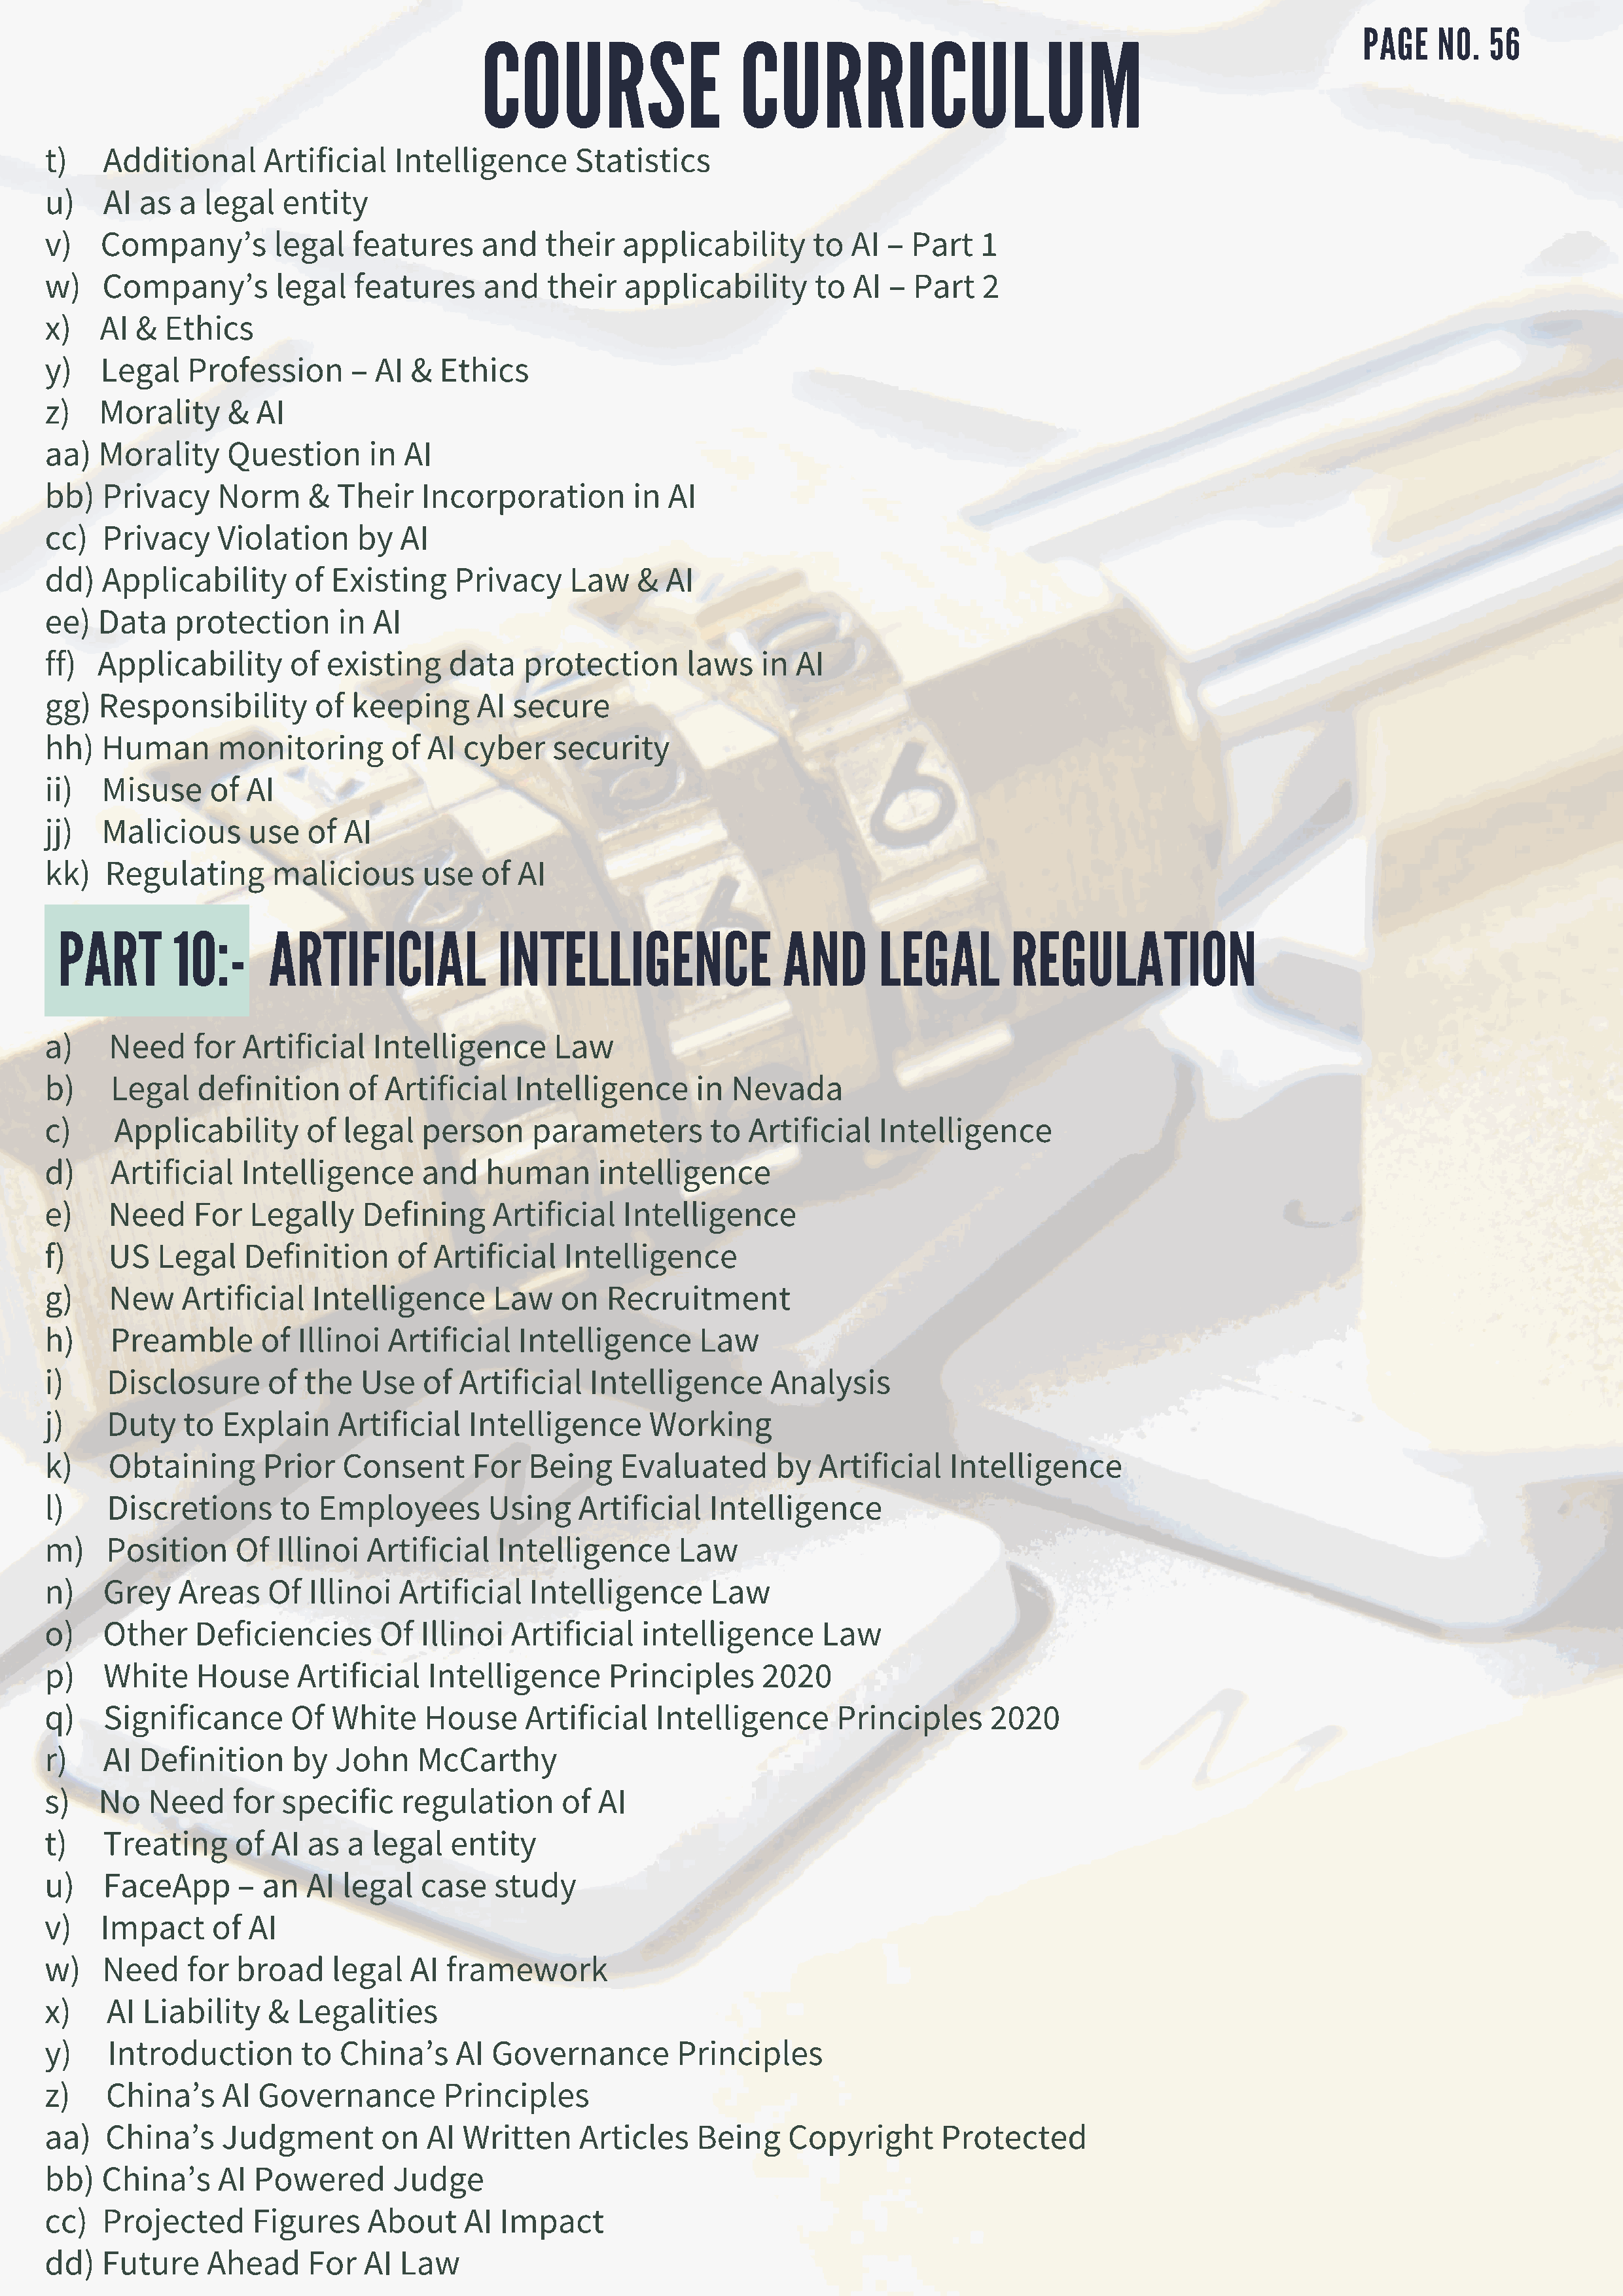
COURSE                    CURRICULUM
 PAGE   NO.   56
 t)   Additional       Artificial   Intelligence      Statistics
 u)   AI  as  a  legal   entity
 v)   Company’s         legal   features     and   their   applicability      to  AI  – Part   1
 w)   Company’s         legal   features     and   their   applicability      to  AI  – Part   2
 x)   AI  &  Ethics
 y)   Legal    Profession      –  AI  & Ethics
 z)   Morality     &  AI
 aa)  Morality     Question      in  AI
 bb)  Privacy     Norm     &  Their    Incorporation        in  AI
 cc)  Privacy     Violation     by  AI
 dd)  Applicability       of Existing     Privacy     Law   &  AI
 ee)  Data    protection      in  AI
 ff)  Applicability      of  existing    data    protection      laws    in AI
 gg)  Responsibility        of  keeping     AI  secure
 hh)  Human       monitoring        of AI  cyber    security
 ii)  Misuse     of  AI
 jj)  Malicious      use   of  AI
 kk)   Regulating      malicious       use   of AI
 PART        10:-     ARTIFICIAL             INTELLIGENCE                 AND       LEGAL        REGULATION
 a)    Need     for  Artificial   Intelligence      Law
 b)    Legal    definition     of  Artificial   Intelligence      in  Nevada
 c)     Applicability      of  legal   person     parameters        to  Artificial   Intelligence
 d)    Artificial   Intelligence       and   human      intelligence
 e)    Need     For  Legally     Defining     Artificial   Intelligence
 f)    US   Legal    Definition     of  Artificial   Intelligence
 g)    New    Artificial    Intelligence      Law    on  Recruitment
 h)    Preamble       of  Illinoi  Artificial   Intelligence       Law
 i)    Disclosure      of  the  Use    of Artificial    Intelligence      Analysis
 j)    Duty    to Explain     Artificial   Intelligence       Working
 k)    Obtaining       Prior   Consent      For  Being     Evaluated      by   Artificial   Intelligence
 l)    Discretions      to  Employees        Using     Artificial   Intelligence
 m)    Position     Of  Illinoi  Artificial   Intelligence       Law
 n)   Grey    Areas    Of  Illinoi  Artificial    Intelligence      Law
 o)   Other     Deficiencies      Of   Illinoi  Artificial   intelligence      Law
 p)   White     House     Artificial   Intelligence       Principles     2020
 q)   Significance       Of   White    House     Artificial   Intelligence       Principles     2020
 r)   AI  Definition      by  John    McCarthy
 s)   No   Need     for specific     regulation      of AI
 t)   Treating      of AI  as  a  legal   entity
 u)   FaceApp       – an   AI  legal   case   study
 v)   Impact     of  AI
 w)   Need     for  broad     legal  AI  framework
 x)    AI Liability    &  Legalities
 y)    Introduction       to  China’s     AI  Governance        Principles
 z)    China’s    AI  Governance         Principles
 aa)   China’s    Judgment         on  AI  Written     Articles   Being     Copyright      Protected
 bb)  China’s     AI  Powered       Judge
 cc)  Projected       Figures    About     AI  Impact
 dd)  Future     Ahead     For   AI Law